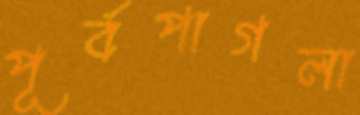
পূর্বপাগলা